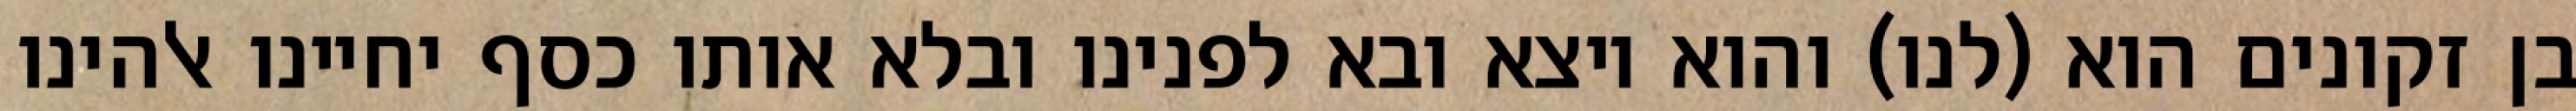
בן זקונים הוא (לנו) והוא יוצא ובא לפנינו ובלא אותו כסף יחיינו אלהינו